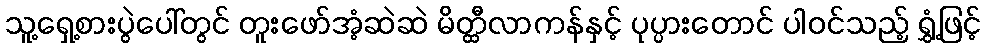
သူ့ရှေ့စားပွဲပေါ်တွင် တူးဖော်အံ့ဆဲဆဲ မိတ္ထီလာကန်နှင့် ပုပ္ပားတောင် ပါဝင်သည့် ရွှံ့ဖြင့်